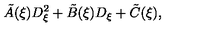
\tilde { A } ( \xi ) D _ { \xi } ^ { 2 } + \tilde { B } ( \xi ) D _ { \xi } + \tilde { C } ( \xi ) ,